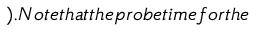
) . N o t e t h a t t h e p r o b e t i m e f o r t h e